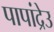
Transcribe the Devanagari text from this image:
पापांद्रेउ